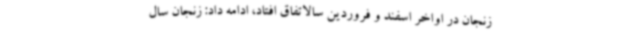
زنجان در اواخر اسفند و فروردین سالاتفاق افتاد، ادامه‌ داد: زنجان سال